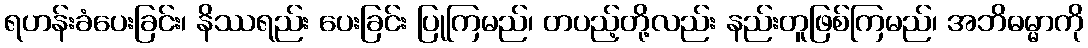
ရဟန်းခံပေးခြင်း၊ နိဿရည်း ပေးခြင်း ပြုကြမည်၊ တပည့်တို့လည်း နည်းတူဖြစ်ကြမည်၊ အဘိဓမ္မာကို